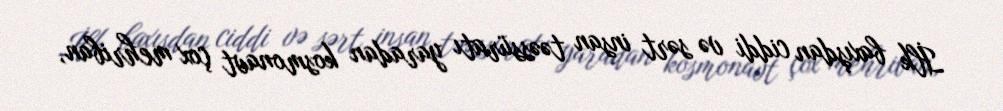
İlk baxışdan ciddi və sərt insan təəssüratı yaradan kosmonavt çox mehriban,